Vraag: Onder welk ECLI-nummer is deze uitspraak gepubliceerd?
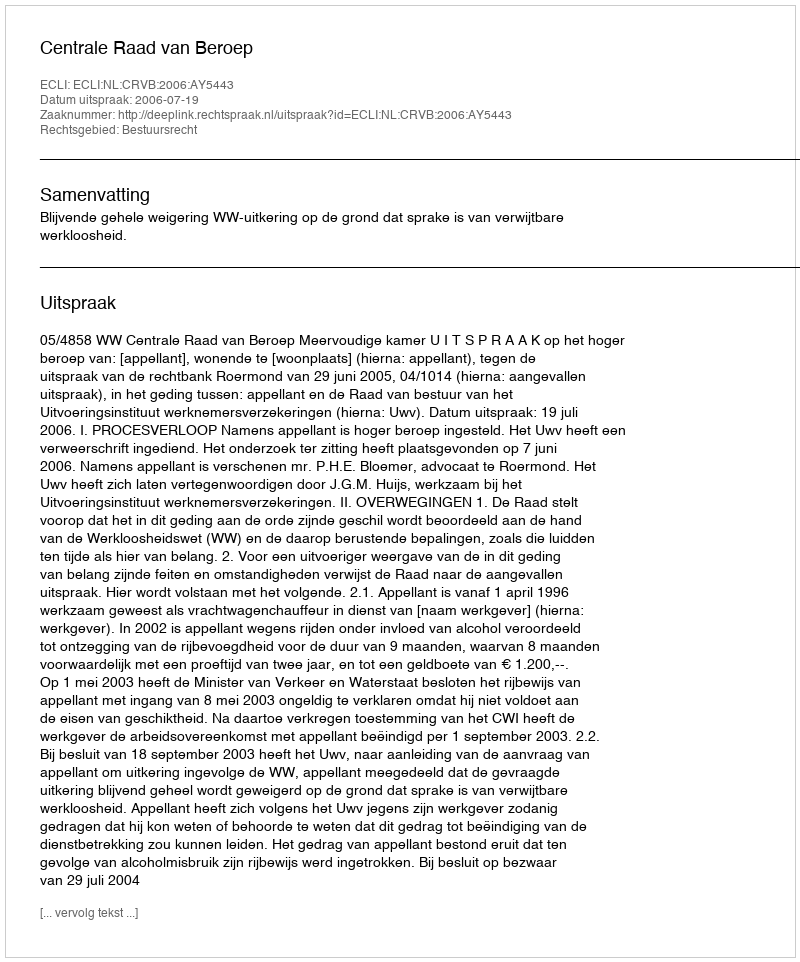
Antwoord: ECLI:NL:CRVB:2006:AY5443